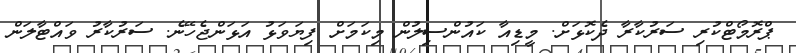
ޕްރޮމޯޓްކުރި ސަރުކާރާ ދެކޮޅަށް. މީޑިއާ ކައުންސިލުން މިކަމަށް ފިޔަވަޅު އަޅަންޖެހޭނެ. ސަރުކާރު ވައްޓާލަން